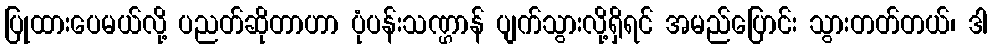
ပြုထားပေမယ်လို့ ပညတ်ဆိုတာဟာ ပုံပန်းသဏ္ဌာန် ပျက်သွားလို့ရှိရင် အမည်ပြောင်း သွားတတ်တယ်၊ ဒါ